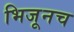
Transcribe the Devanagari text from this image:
भिजूनच